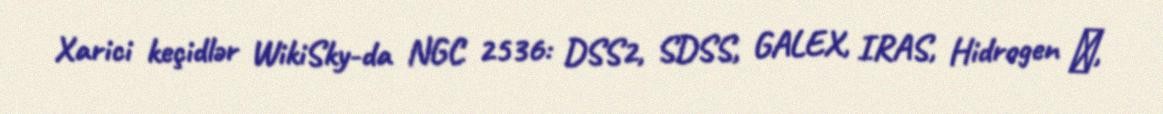
Xarici keçidlər WikiSky-da NGC 2536: DSS2, SDSS, GALEX, IRAS, Hidrogen α,